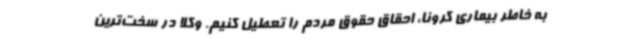
به خاطر بیماری کرونا، احقاق حقوق مردم را تعطیل کنیم. وکلا در سخت‌ترین